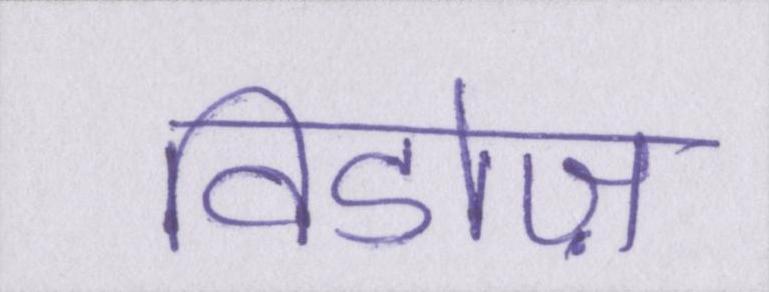
विडोज़